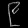
Digit: ၉